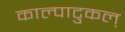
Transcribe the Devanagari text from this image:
काल्पाटुकल्